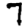
Digit: 7